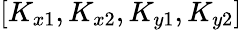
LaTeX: [K_{x1},K_{x2},K_{y1},K_{y2}]